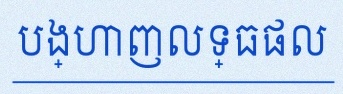
បង្ហាញលទ្ធផល